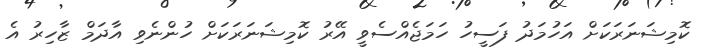
ކޮމިޝަނަރަކަށް އަހުމަދު ފަސީހު ހަމަޖެއްސެވީ އޭރު ކޮމިޝަނަރަކަށް ހުންނެވި އާދަމް ޒާހިރު އެ